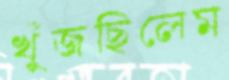
খুঁজছিলেম